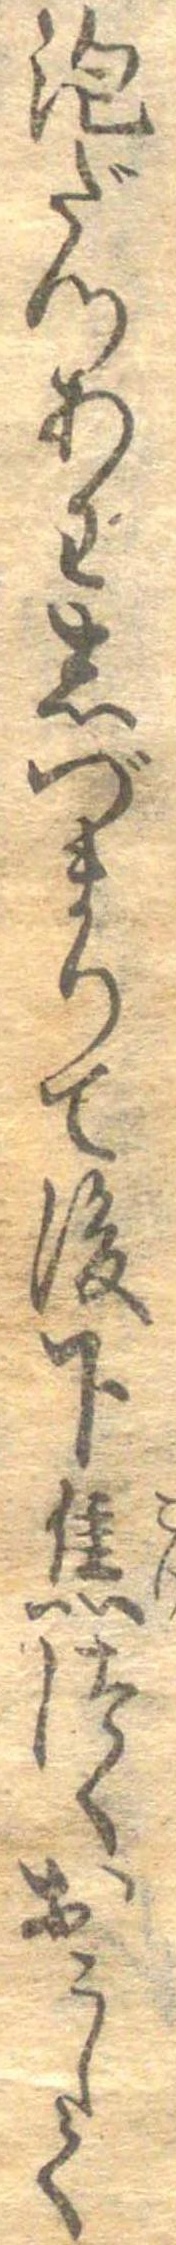
泡だつあわしづまりて後下焦つゝおこして